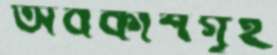
অবকাশগৃহ